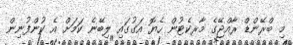
މި ބްރޭންޑް ރާއްޖޭގެ މާރކެޓުން ހެޔޮ އަގުގައި ލިބޭނެ ކަމަށް އެ ކުންފުނިން